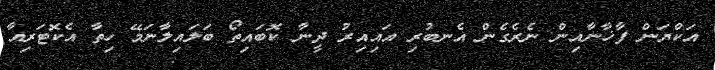
އަކްޔަން ފާޚާނާއިން ނެރެގެން އެނބުރި އައިއިރު ދީނާ ކޮބައިތޯ ބަލައިލާނަމޭ ހިތާ އެކޮޓަރިއާ